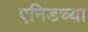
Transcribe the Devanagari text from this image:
एनिडच्या